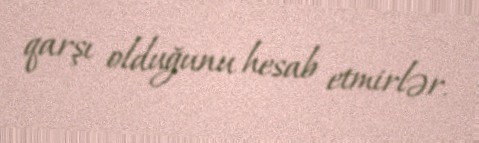
qarşı olduğunu hesab etmirlər.